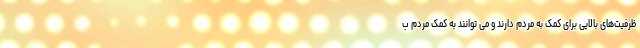
ظرفیت‌های بالایی برای کمک به مردم دارند و می توانند به کمک مردم ب